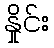
နှိုင်း